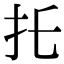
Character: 𢩺